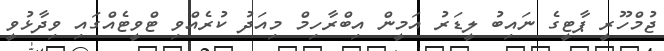
ޖުމްހޫރީ ޕާޓީގެ ނައިބު ލީޑަރު އަމީން އިބްރާހިމް މިއަދު ކުރެއްވި ޓްވީޓެއްގައި ވިދާޅުވީ